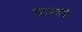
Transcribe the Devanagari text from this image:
आश्ली